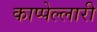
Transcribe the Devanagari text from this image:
काप्पेल्लारी